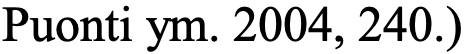
Puonti ym. 2004, 240.)